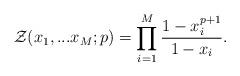
LaTeX: \begin{align*}{\cal Z}(x_1,...x_M;p)=\prod_{i=1}^{M}\frac{1-x_i^{p+1}}{1-x_i}.\end{align*}